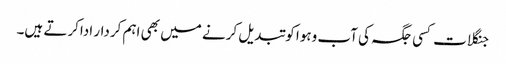
جنگلات کسی جگہ کی آب وہوا کو تبدیل کرنے میں بھی اہم کردار اداکرتے ہیں۔